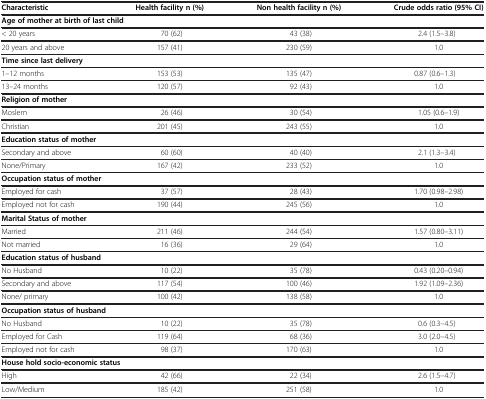
| Characteristic | Health facility n (%) | Non health facility n (%) | Crude odds ratio (95% CI) |
 | --- | --- | --- | --- |
 | <COLSPAN=4> Age of mother at birth of last child |
 | < 20 years | 70 (62) | 43 (38) | 2.4 (1.5–3.8) |
 | 20 years and above | 157 (41) | 230 (59) | 1.0 |
 | Time since last delivery |  |  |  |
 | 1–12 months | 153 (53) | 135 (47) | 0.87 (0.6–1.3) |
 | 13–24 months | 120 (57) | 92 (43) | 1.0 |
 | <COLSPAN=4> Religion of mother |
 | Moslem | 26 (46) | 30 (54) | 1.05 (0.6–1.9) |
 | Christian | 201 (45) | 243 (55) | 1.0 |
 | <COLSPAN=4> Education status of mother |
 | Secondary and above | 60 (60) | 40 (40) | 2.1 (1.3–3.4) |
 | None/Primary | 167 (42) | 233 (52) | 1.0 |
 | <COLSPAN=4> Occupation status of mother |
 | Employed for cash | 37 (57) | 28 (43) | 1.70 (0.98–2.98) |
 | Employed not for cash | 190 (44) | 245 (56) | 1.0 |
 | <COLSPAN=4> Marital Status of mother |
 | Married | 211 (46) | 244 (54) | 1.57 (0.80–3.11) |
 | Not married | 16 (36) | 29 (64) | 1.0 |
 | <COLSPAN=4> Education status of husband |
 | No Husband | 10 (22) | 35 (78) | 0.43 (0.20–0.94) |
 | Secondary and above | 117 (54) | 100 (46) | 1.92 (1.09–2.36) |
 | None/ primary | 100 (42) | 138 (58) | 1.0 |
 | <COLSPAN=4> Occupation status of husband |
 | No Husband | 10 (22) | 35 (78) | 0.6 (0.3–4.5) |
 | Employed for Cash | 119 (64) | 68 (36) | 3.0 (2.0–4.5) |
 | Employed not for cash | 98 (37) | 170 (63) | 1.0 |
 | <COLSPAN=4> House hold socio-economic status |
 | High | 42 (66) | 22 (34) | 2.6 (1.5–4.7) |
 | Low/Medium | 185 (42) | 251 (58) | 1.0 |